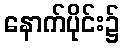
နောက်ပိုင်း၌